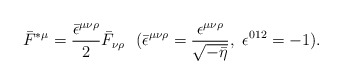
\begin{align*}\bar{F}^{\ast\mu}=\frac{\bar{\epsilon}^{\mu\nu\rho}}{2}\bar{F}_{\nu\rho}~~(\bar{\epsilon}^{\mu\nu\rho}=\frac{\epsilon^{\mu\nu\rho}}{\sqrt{-\bar{\eta}}},~\epsilon^{012}=-1).\end{align*}